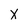
Character: X